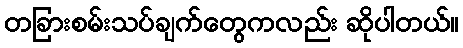
တခြားစမ်းသပ်ချက်တွေကလည်း ဆိုပါတယ်။